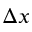
\Delta \v { x }